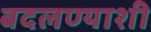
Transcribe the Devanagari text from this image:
बदलण्याशी